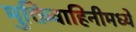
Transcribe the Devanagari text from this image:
मुक्तिवाहिनीमध्ये